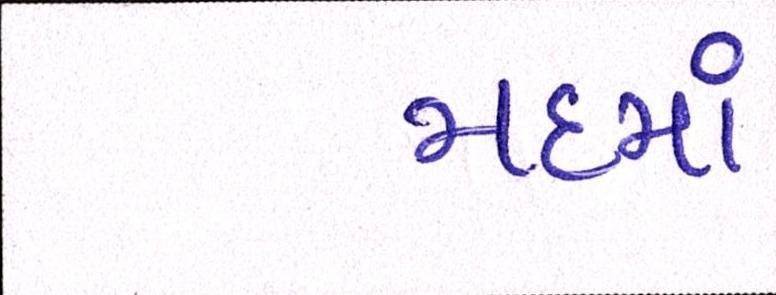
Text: મદમાં